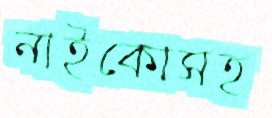
নাইকোসহ